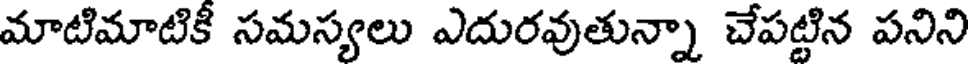
మాటిమాటికీ సమస్యలు ఎదురవుతున్నా చేపట్టిన పనిని